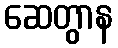
ဆေတွာန